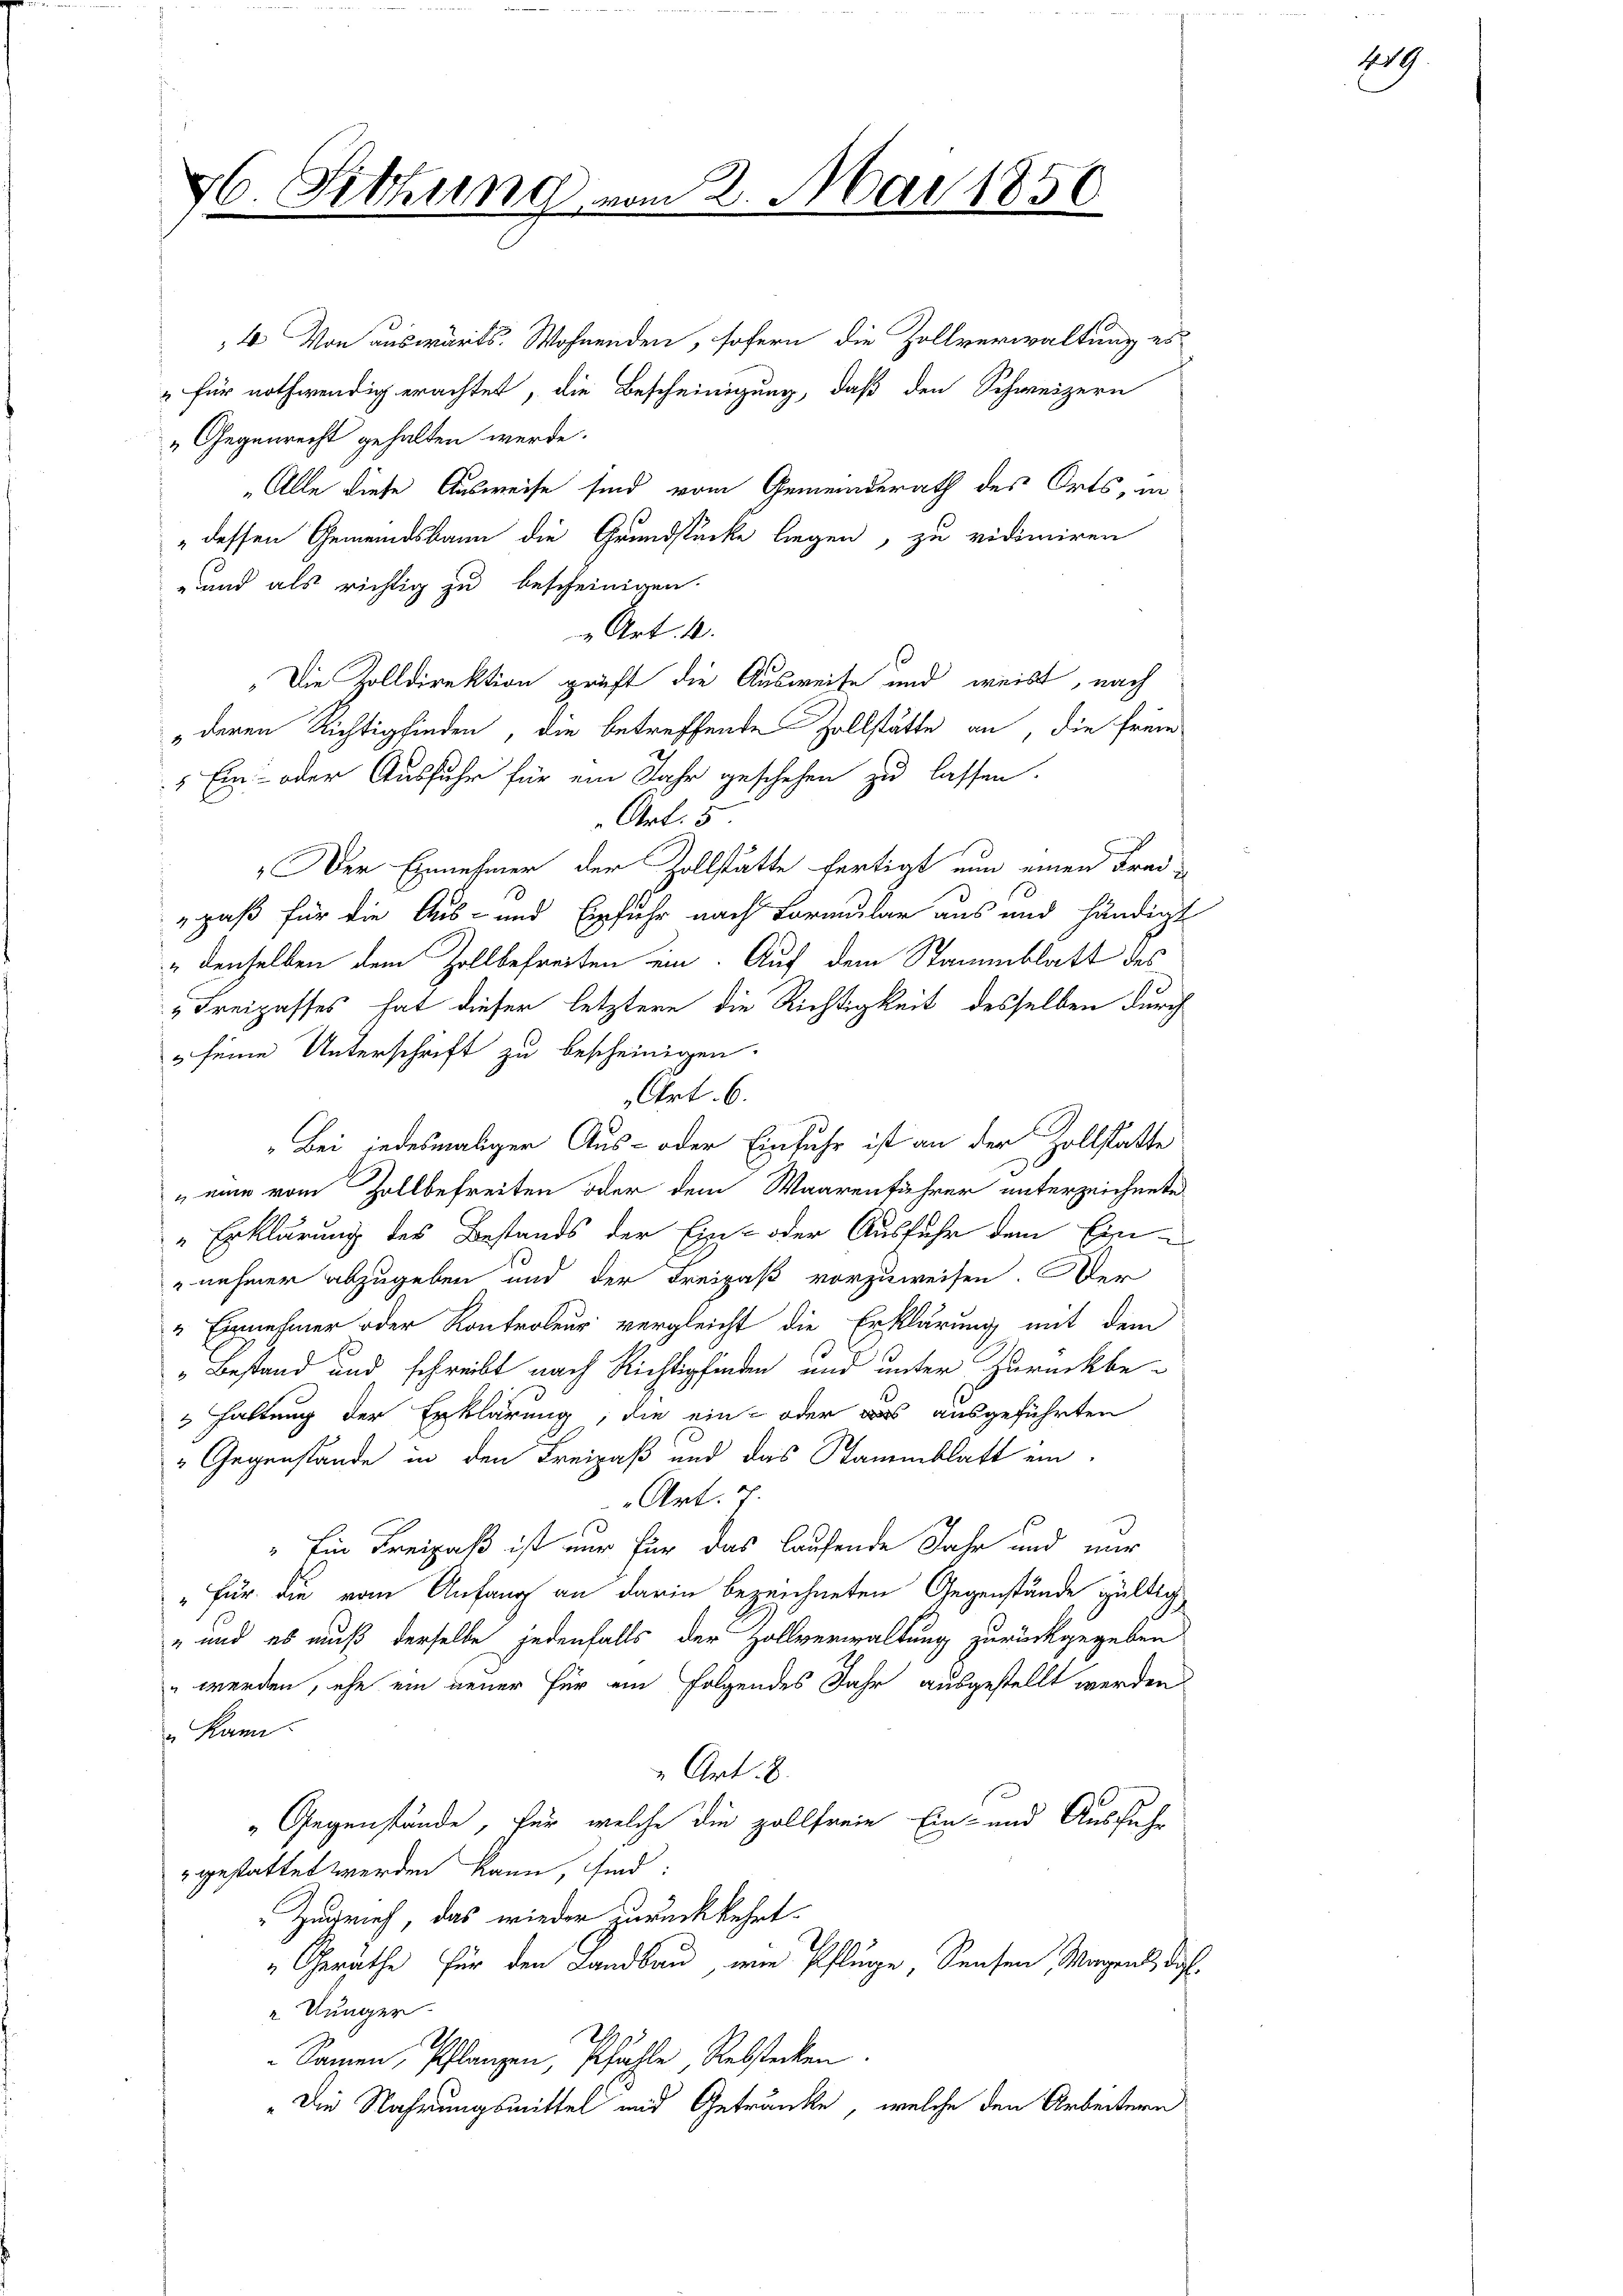
76. Sitzung

4. Von auswärts. Wohnenden, sofern die Zollverwaltung er
" für nothwendig erachtet, die Bescheinigung, daß den Schweizern
„Gegenrecht gehalten werde.
„Alle diese Ausweise sind vom Gemeinderath des Orts, in
dessen Gemeindsbann die Grundstücke liegen, zu vidimiren
und als richtig zu bescheinigen.
 Art. 4
„Die Zolldirektion prüft die Ausweise und weist, nach
deren Richtigfinden, die betreffende Hollstätte an, die freie
" Ein- oder Ausfuhr für ein Jahr geschehen zu lassen.
Art. 5.
Der Einnehmer der Zollstätte fertigt nun einen Frei-
"paß für die Aus- und Erfuhr nach Formular aus und händigt
" denselben dem Zollbefreiten ein. Auf dem Stammblatt des
 Freipasses hat dieser letztere die Richtigkeit desselben durch
3 seine Unterschrift zu bescheinigen.
Art. 6.
Bei jedesmaliger Aus- oder Einfuhr ist an der Zollstatte
" eine vom Zollbefreiten oder dem Waarenführer unterzeichnete
"Erklärung des Bestands der Ein- oder Ausfuhr dem Ein¬
"nehmer abzugeben und der Freipaß vorzuweisen. Der
 Einnehmer oder Kontroleur vergleicht die Erklärung mit dem
" Bestand und schreibt nach Richtigfinden und unter Zurückbe¬
 Haltung der Erklärung, die ein- oder das ausgeführten
" Gegenstände in den Freizaß und das Stammblatt ein
Art. 4
"Ein Freipaß ist nur für das laufende Jahr und mir
„Für die vom Anfang an darin bezeichneten Gegenstände gültlich
" und es muß derselbe jedenfalls der Zollverwaltung zurückgegeben
n werden, ehe ein neuer für ein folgendes Jahr ausgestellt werden
" kann.
Art. 8.
"Gegenstände, für welche die zollfreie Ein- und Ausfuhr
gestattet werden kann, sind:
Zürich, das wieder zurückkehrt.
Geräthe für den Landbau, wie Pflüge, Sensen, Wagen da.
 Jünger.
Samen, Pflanzen, Pfähle Rebstecken
"Die Nahrungsmittel und Getränke, welche den Arbeitern

2. Mai 1850

sil G